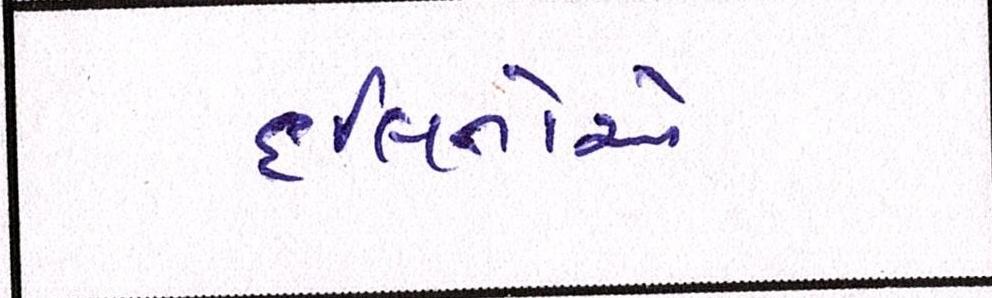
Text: દલિતોએ